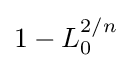
1-L_{0}^{2/n}